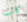
كانت